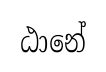
ඨානේ